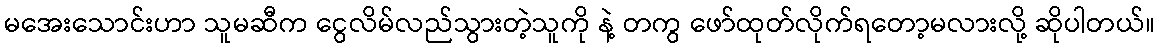
မအေးသောင်းဟာ သူမဆီက ငွေလိမ်လည်သွားတဲ့သူကို နဲ့ တကွ ဖော်ထုတ်လိုက်ရတော့မလားလို့ ဆိုပါတယ်။